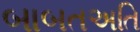
બાબતઅતિ